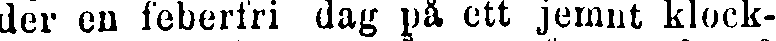
der en feberfri dag på ett jemnt klock-